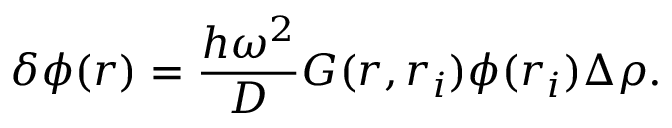
\delta \phi ( \boldsymbol { r } ) = \frac { h \omega ^ { 2 } } { D } G ( \boldsymbol { r } , \boldsymbol { r } _ { i } ) \phi ( \boldsymbol { r } _ { i } ) \Delta \rho .